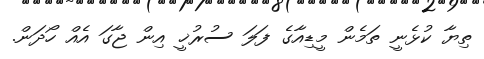
ތިޔާ ކުޅެނީ ތަމެން މީޑިއާގެ ފަލަ ސުރުޚީ އިން ޖާގަ އެއް ހޯދަން.